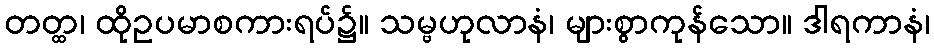
တတ္ထ၊ ထိုဥပမာစကားရပ်၌။ သမ္ဗဟုလာနံ၊ များစွာကုန်သော။ ဒါရကာနံ၊